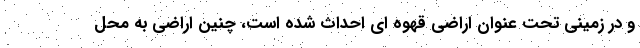
و در زمینی تحت عنوان اراضی قهوه ای احداث شده است، چنین اراضی به محل